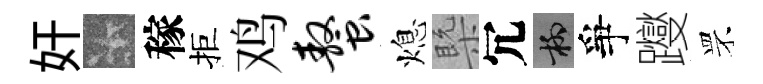
奸卡稼拒鸡螯熄槩冗柳爭躞罘